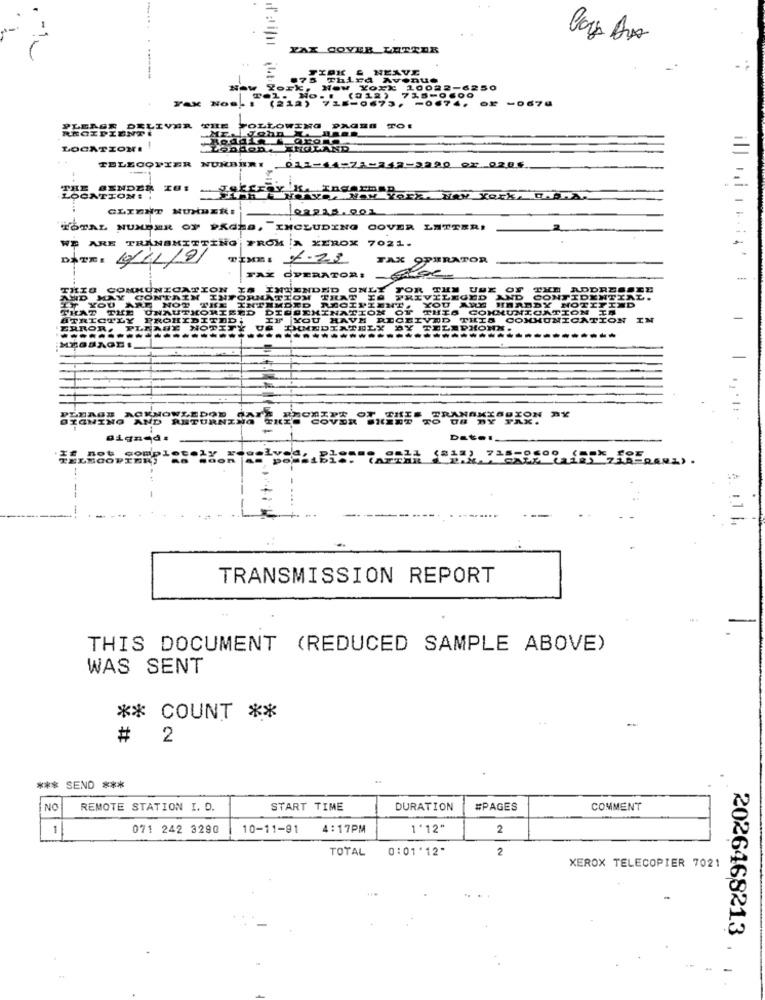
-
K COVER LETTER
-----
New York, Ho
250
Tax NO .. !
Tel. No. !
(212)
PLEASE DELIVER
RECIPIENTE
LOCATION !!
London.
ENGLAND
TELECOPIER NURBERT
012-44
3220 or 0205
THE SENDE
NTTON
CLIENT NUMBER:
2215.001
TOTAL NUMBER OF PAGES, INCLUDING COVER LETTER!
WE ARE TRANSMITTING
FROM A XEROX 7021.
DATEE
4/1119
TIME : 8.73
1.23
TAX
PURATOR
TAK
FAX OPERATORI
THIS CONK
TION
IS INTENDED ONLY FOR THE USE OF
THE ADDRESSES
AND
ART
THE INTENDED RECIPIENT, YOU ARE HEREBY NOTIFIND
INFORMATION THAT TA
PRIVILEGED AND CONTIDEN
ENTIAL.
KOMISED DISSEMINATION
OT THIS COMMUNICATION TA
ICTLY
ITED+
IF YOU HAVE RECEIVED THIS COMMUNICATION
IM
BRO
OTI
THMEDIATELY
BY TELEPHONN
---
PLEASE ACKNOWLEDGE HAY
THIS TRANSMISSION NY
BYGNING AND RETURNING
TO D# BY FAX.
TRANSMISSION REPORT
THIS DOCUMENT (REDUCED SAMPLE ABOVE)
WAS SENT
** COUNT **
..
# 2
*** SEND ***
NO
REMOTE STATION I. D.
START TIME
DURATION
#PAGES
COMMENT
1
071 242 3290
10-11-91
4:17PM
1'12"
2
TOTAL 0:01'12"
2
XEROX TELECOPIER 7021
2026468213